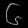
Digit: ၆